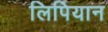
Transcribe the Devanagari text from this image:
लिपियान